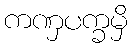
ကဏှပက္ခမှိ